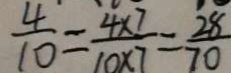
\frac { 4 } { 1 0 } = \frac { 4 \times 7 } { 1 0 \times 7 } = \frac { 2 8 } { 7 0 }